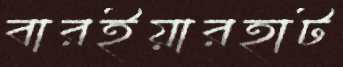
বারইয়ারহাট